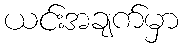
ယင်းအချက်မှာ